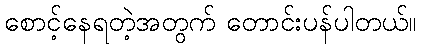
စောင့်နေရတဲ့အတွက် တောင်းပန်ပါတယ်။